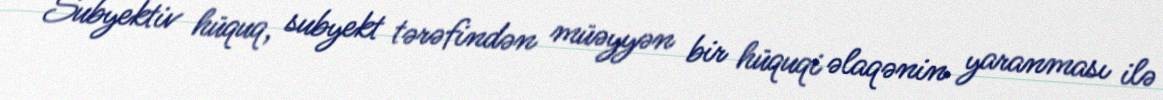
Subyektiv hüquq, subyekt tərəfindən müəyyən bir hüquqi əlaqənin yaranması ilə